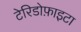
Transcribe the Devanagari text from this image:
टेरिडोफ़ाइटा